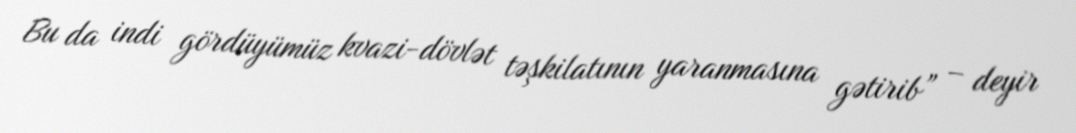
Bu da indi gördüyümüz kvazi-dövlət təşkilatının yaranmasına gətirib” – deyir